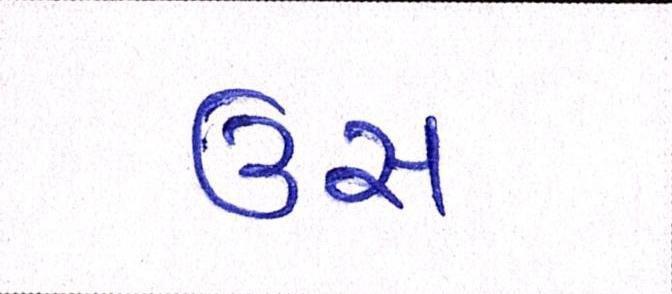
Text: ઉસ